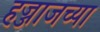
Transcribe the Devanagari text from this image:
हज्जाजच्या